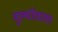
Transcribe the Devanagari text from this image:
मूल्योंवाला